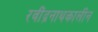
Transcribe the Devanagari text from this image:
रवींद्रनाथकालीन